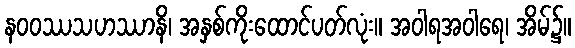
နဝဝဿသဟဿာနိ၊ အနှစ်ကိုးထောင်ပတ်လုံး။ အဝါရအဝါရေ၊ အိမ်၌။